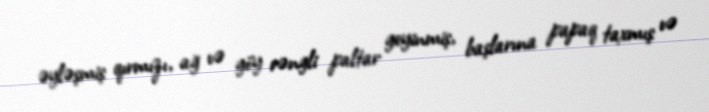
əyləşmiş qırmızı, ağ və göy rəngli paltar geyinmiş, başlarına papaq taxmış və